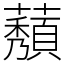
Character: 𬟒